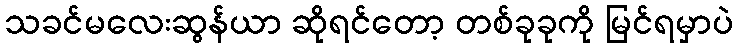
သခင်မလေးဆွန်ယာ ဆိုရင်တော့ တစ်ခုခုကို မြင်ရမှာပဲ